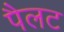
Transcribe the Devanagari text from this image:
पैलट